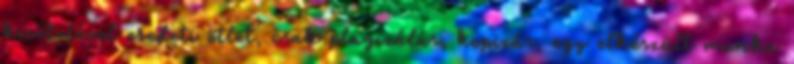
kivételével eredeti ötlet, csak plagizálás, kopizás, egy elkészült munka